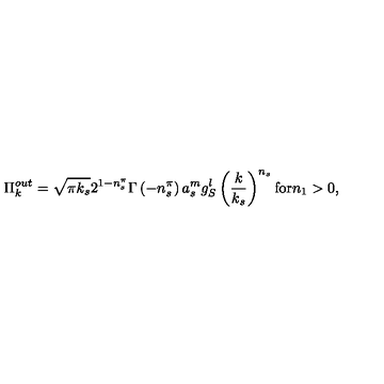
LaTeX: \Pi _ { k } ^ { o u t } = \sqrt { \pi k _ { s } } 2 ^ { 1 - n _ { s } ^ { \pi } } \Gamma \left( - n _ { s } ^ { \pi } \right) a _ { s } ^ { m } g _ { S } ^ { l } \left( \frac k { k _ { s } } \right) ^ { n _ { s } } \mathrm { f o r } n _ { 1 } > 0 ,